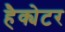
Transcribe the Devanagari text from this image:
हैक्येटर